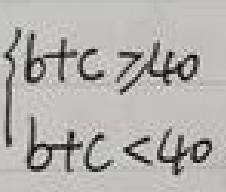
\begin{cases}
b + c \geq 40 \\
b + c < 40
\end{cases}